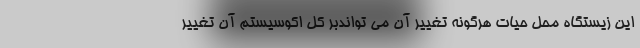
این زیستگاه محل حیات هرگونه تغییر آن می تواندبر کل اکوسیستم آن تغییر